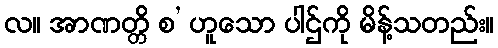
လ။ အာဏတ္တိ စ’ ဟူသော ပါဌ်ကို မိန့်သတည်း။